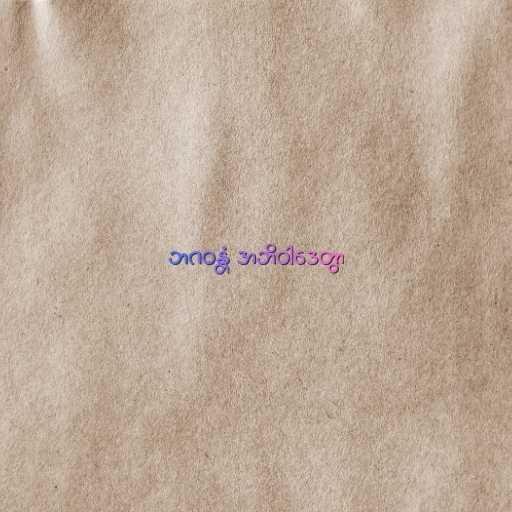
ဘဂဝန္တံ အဘိဝါဒေတွာ